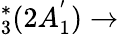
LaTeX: _3^{*}(2A_{1}^{'})\rightarrow